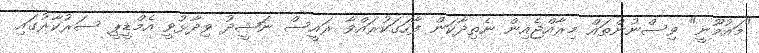
"މައުމޫނީ" ވިސްނުންތައް މިރާއްޖެއިން ނެތިދާކަން ފާހަގަކުރައްވާ ރައީސް ނަޝީދު ވިދާޅުވީ އެމްޑީޕީ ސަރުކާރުގައި